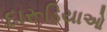
દારૂડિયાઓ